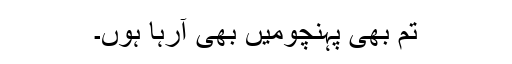
تم بھی پہنچومیں بھی آرہا ہوں۔